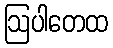
ဩပါတေထ